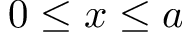
0 \leq x \leq a